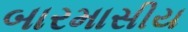
બારમાસીય